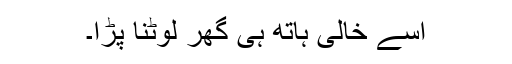
اسے خالی ہاتھ ہی گھر لوٹنا پڑا۔